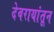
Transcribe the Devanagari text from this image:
देवरायांतून